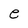
Character: e